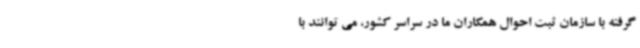
گرفته با سازمان ثبت احوال همکاران ما در سراسر کشور، می توانند با